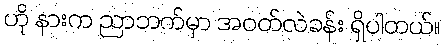
ဟို နားက ညာဘက်မှာ အဝတ်လဲခန်း ရှိပါတယ်။